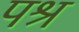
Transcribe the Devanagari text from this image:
पश्र